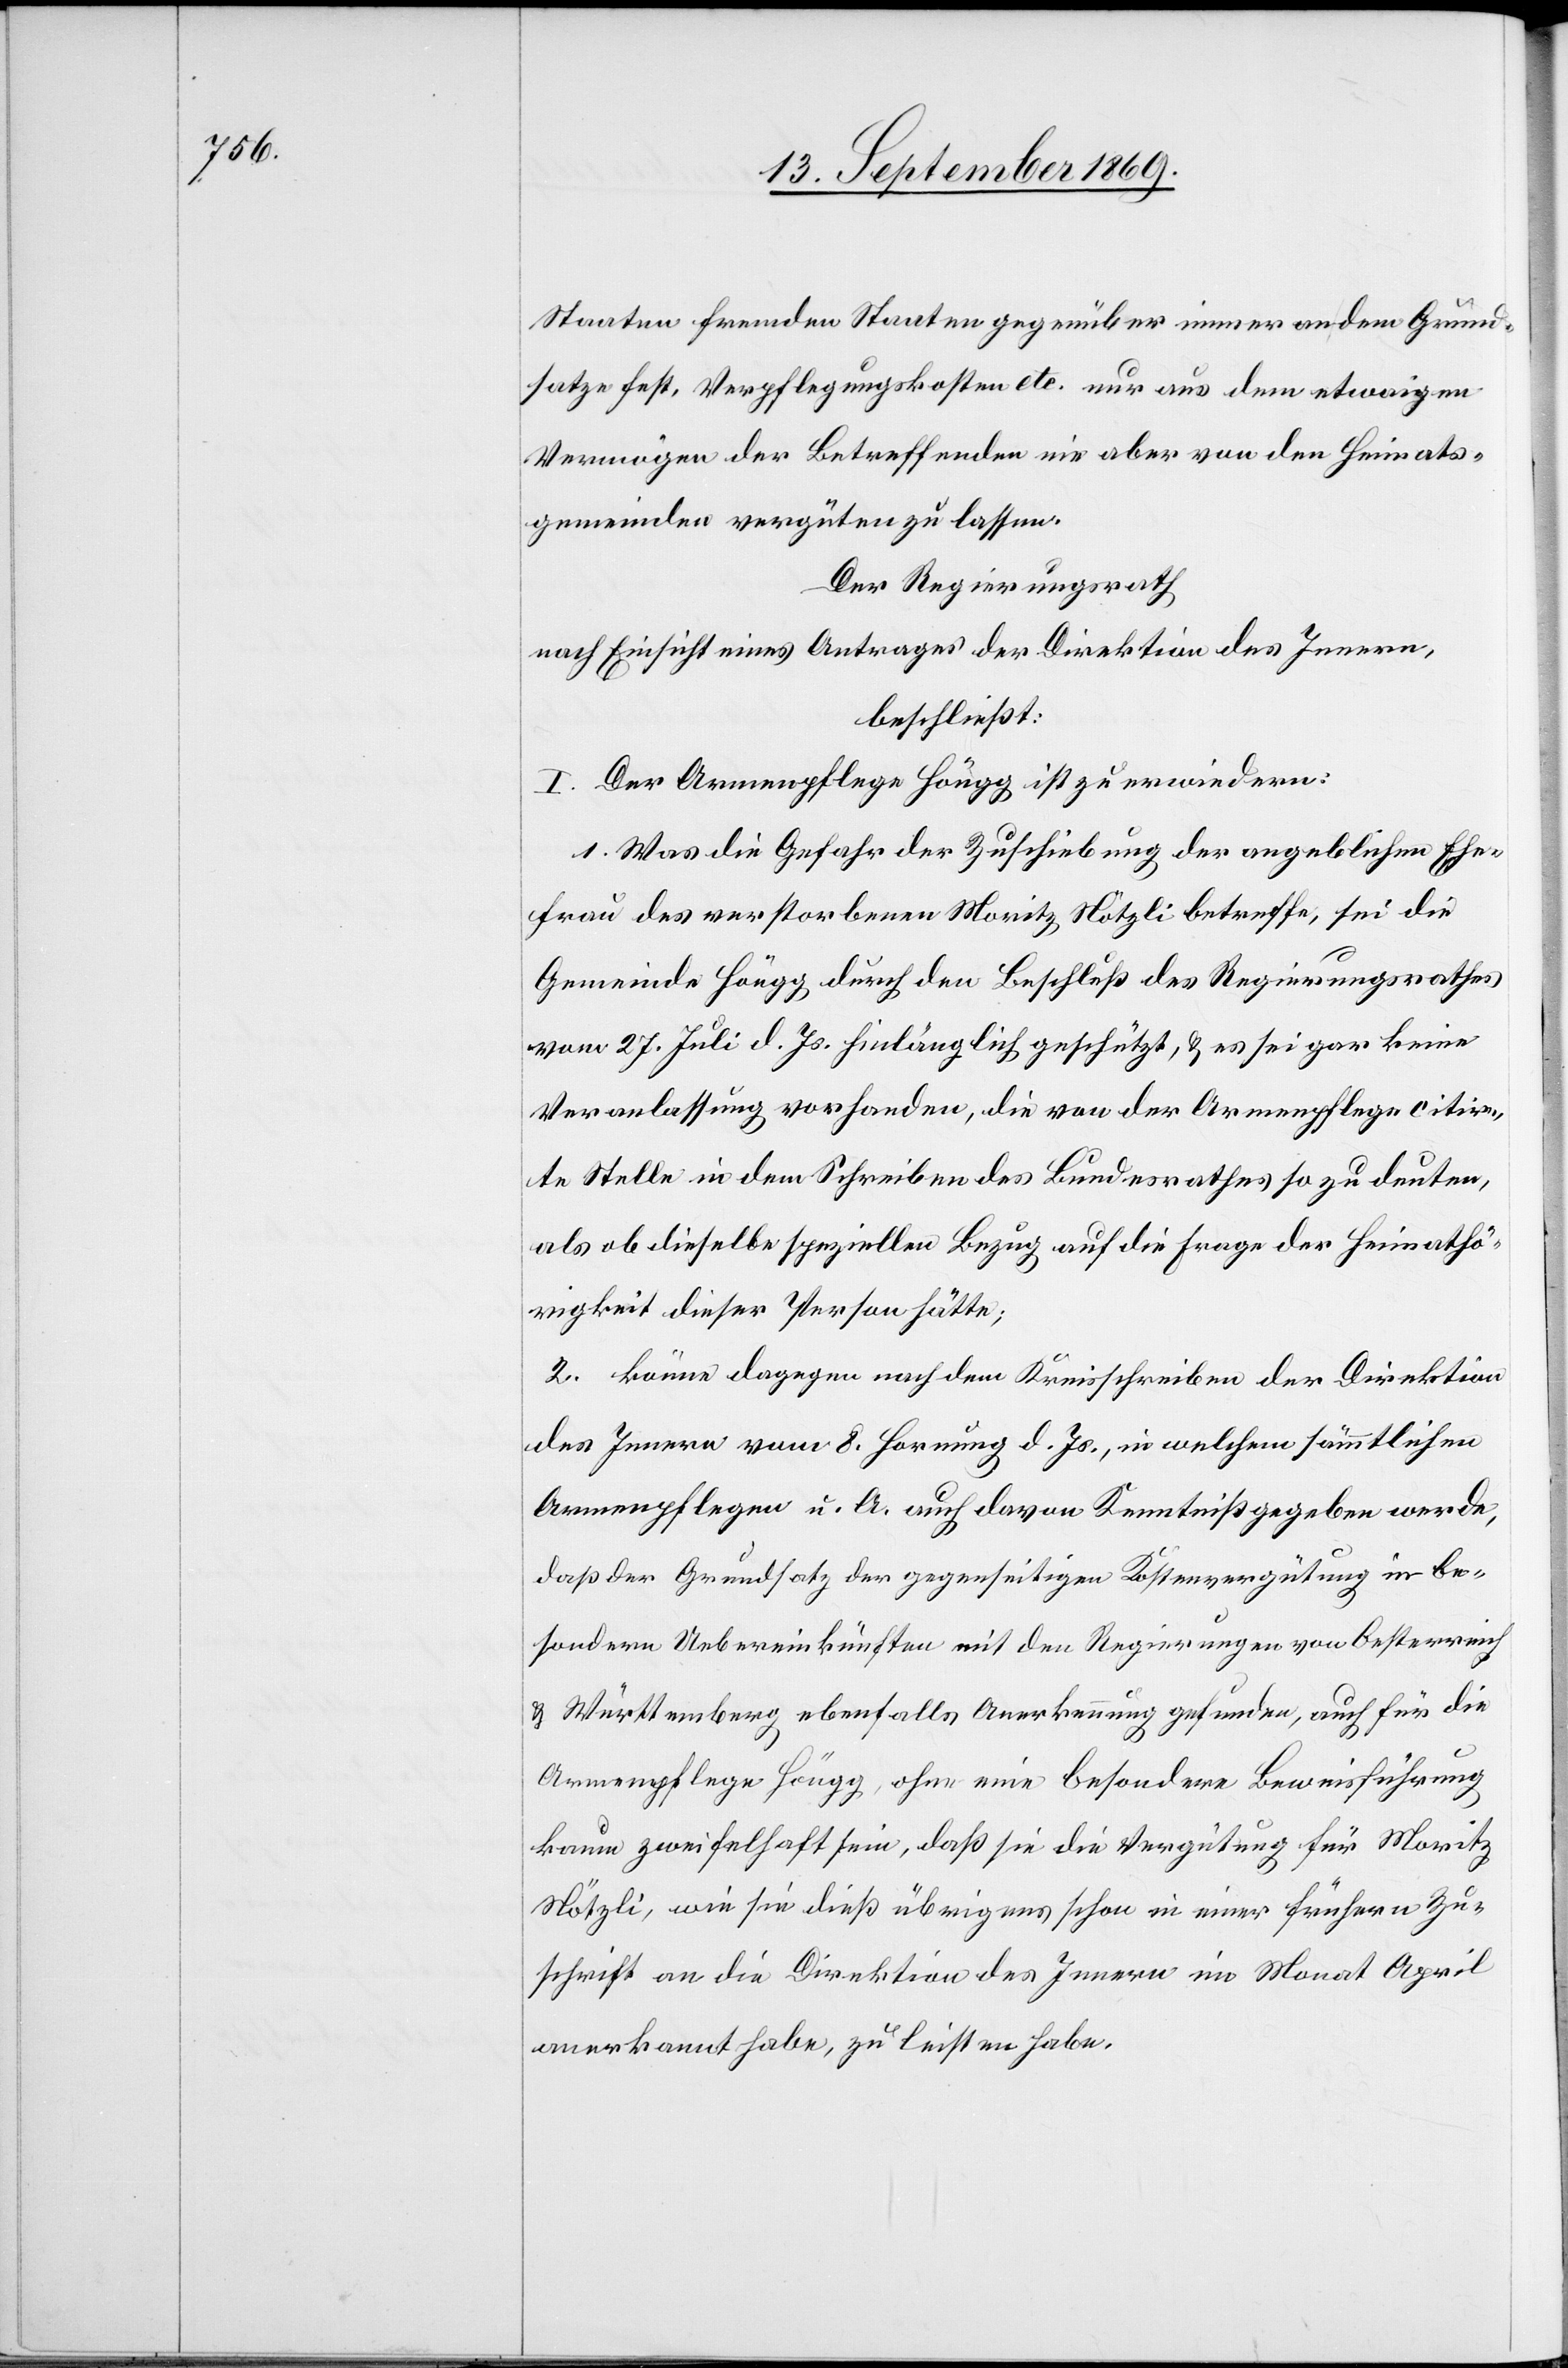
Staaten fremden Staaten gegenüber immer an dem Grund¬
satze fest, Verpflegungskosten etc. nur aus dem etwaigen
Vermögen der Betreffenden nie aber von den Heimats¬
gemeinden vergüten zu lassen.
Der Regierungsrath
nach Einsicht eines Antrages der Direktion des Innern,
beschließt:
I. Der Armenpflege Höngg ist zu erwiedern:
1. Was die Gefahr der Zuschiebung der angeblichen Ehe¬
frau des verstorbenen Moritz Nötzli betreffe, sei die
Gemeinde Höngg durch den Beschluß des Regierungsrathes
vom 27. Juli d. Js. hinlänglich geschützt, & es sei gar keine
Veranlassung vorhanden, die von der Armenpflege citir¬
te Stelle in dem Schreiben des Bundesrathes so zu deuten,
als ob dieselbe speziellen Bezug auf die Frage der Heimathö¬
rigkeit dieser Person hätte;
2. könne dagegen nach dem Kreisschreiben der Direktion
des Innern vom 8. Hornung d. Js., in welchem sämmtlichen
Armenpflegen u. A. auch davon Kenntniß gegeben werde,
daß der Grundsatz der gegenseitigen Kostenvergütung in be¬
sondern Uebereinkünften mit den Regierungen von Oesterreich
& Württemberg ebenfalls Anerkennung gefunden, auch für die
Armenpflege Höngg, ohne eine besondere Beweisführung
kaum zweifelhaft sein, daß sie die Vergütung für Moritz
Nötzli, wie sie dieß übrigens schon in einer frühern Zu¬
schrift an die Direktion des Innern im Monat April
anerkannt habe, zu leisten habe.